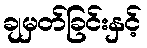
ချမှတ်ခြင်းနှင့်